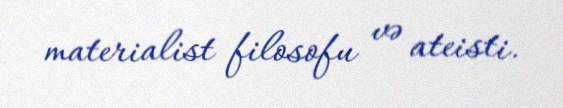
materialist filosofu və ateisti.